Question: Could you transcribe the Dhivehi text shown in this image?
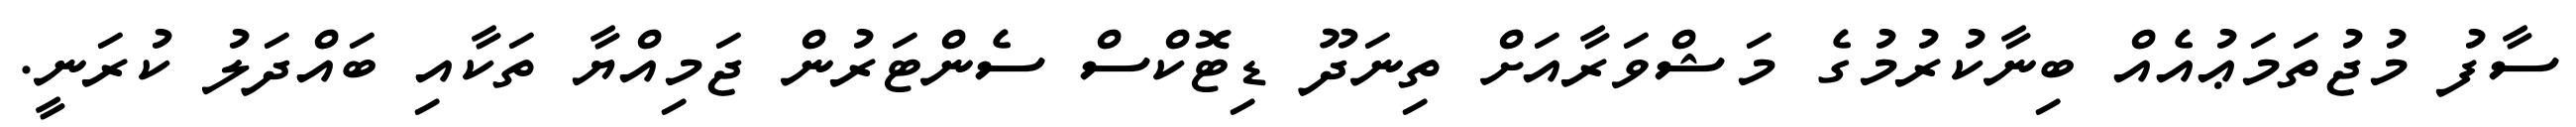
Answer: ސާފު މުޖުތަމަޢުއެއް ބިނާކުރުމުގެ މަޝްވަރާއަށް ތިނަދޫ ޑިޓޮކްސް ސެންޓަރުން ޖަމިއްޔާ ތަކާއި ބައްދަލު ކުރަނީ.